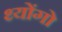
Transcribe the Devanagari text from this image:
थ्योंगो